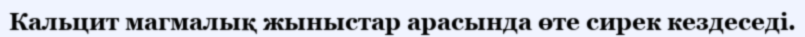
Кальцит магмалық жыныстар арасында өте сирек кездеседі.